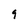
Character: 9